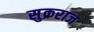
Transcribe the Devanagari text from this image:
सुक्रराज